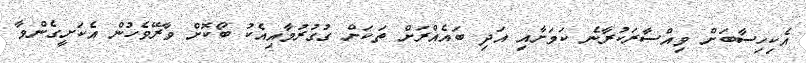
އެކިހިސާބަށް ވިއްސާރަކުރާނެ ކަމަށާއި އަދި ބައެއްރަށް ތަކަށް ގުގުރުމާއިއެކު ބޯކޮށް ވާރޭވެހުން އެކަށީގެންވާ